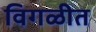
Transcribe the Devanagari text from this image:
विगळीत